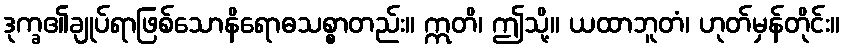
ဒုက္ခ၏ချုပ်ရာဖြစ်သောနိရောဓသစ္စာတည်း။ ဣတိ၊ ဤသို့။ ယထာဘူတံ၊ ဟုတ်မှန်တိုင်း။